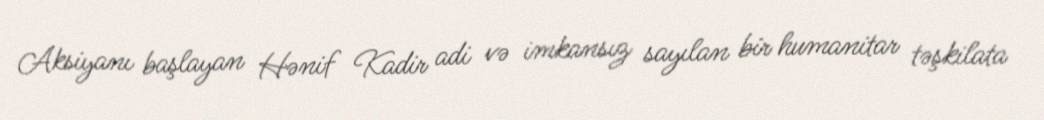
Aksiyanı başlayan Hənif Kadir adi və imkansız sayılan bir humanitar təşkilata